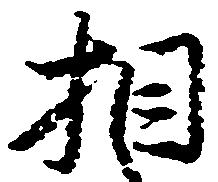
相